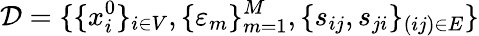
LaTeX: \mathcal{D}=\{ \{ x_{i}^{0}\} _{i\in V},\{ \varepsilon_{m}\} _{m=1}^{M},\{ s_{ij},s_{ji}\} _{(ij)\in E}\}